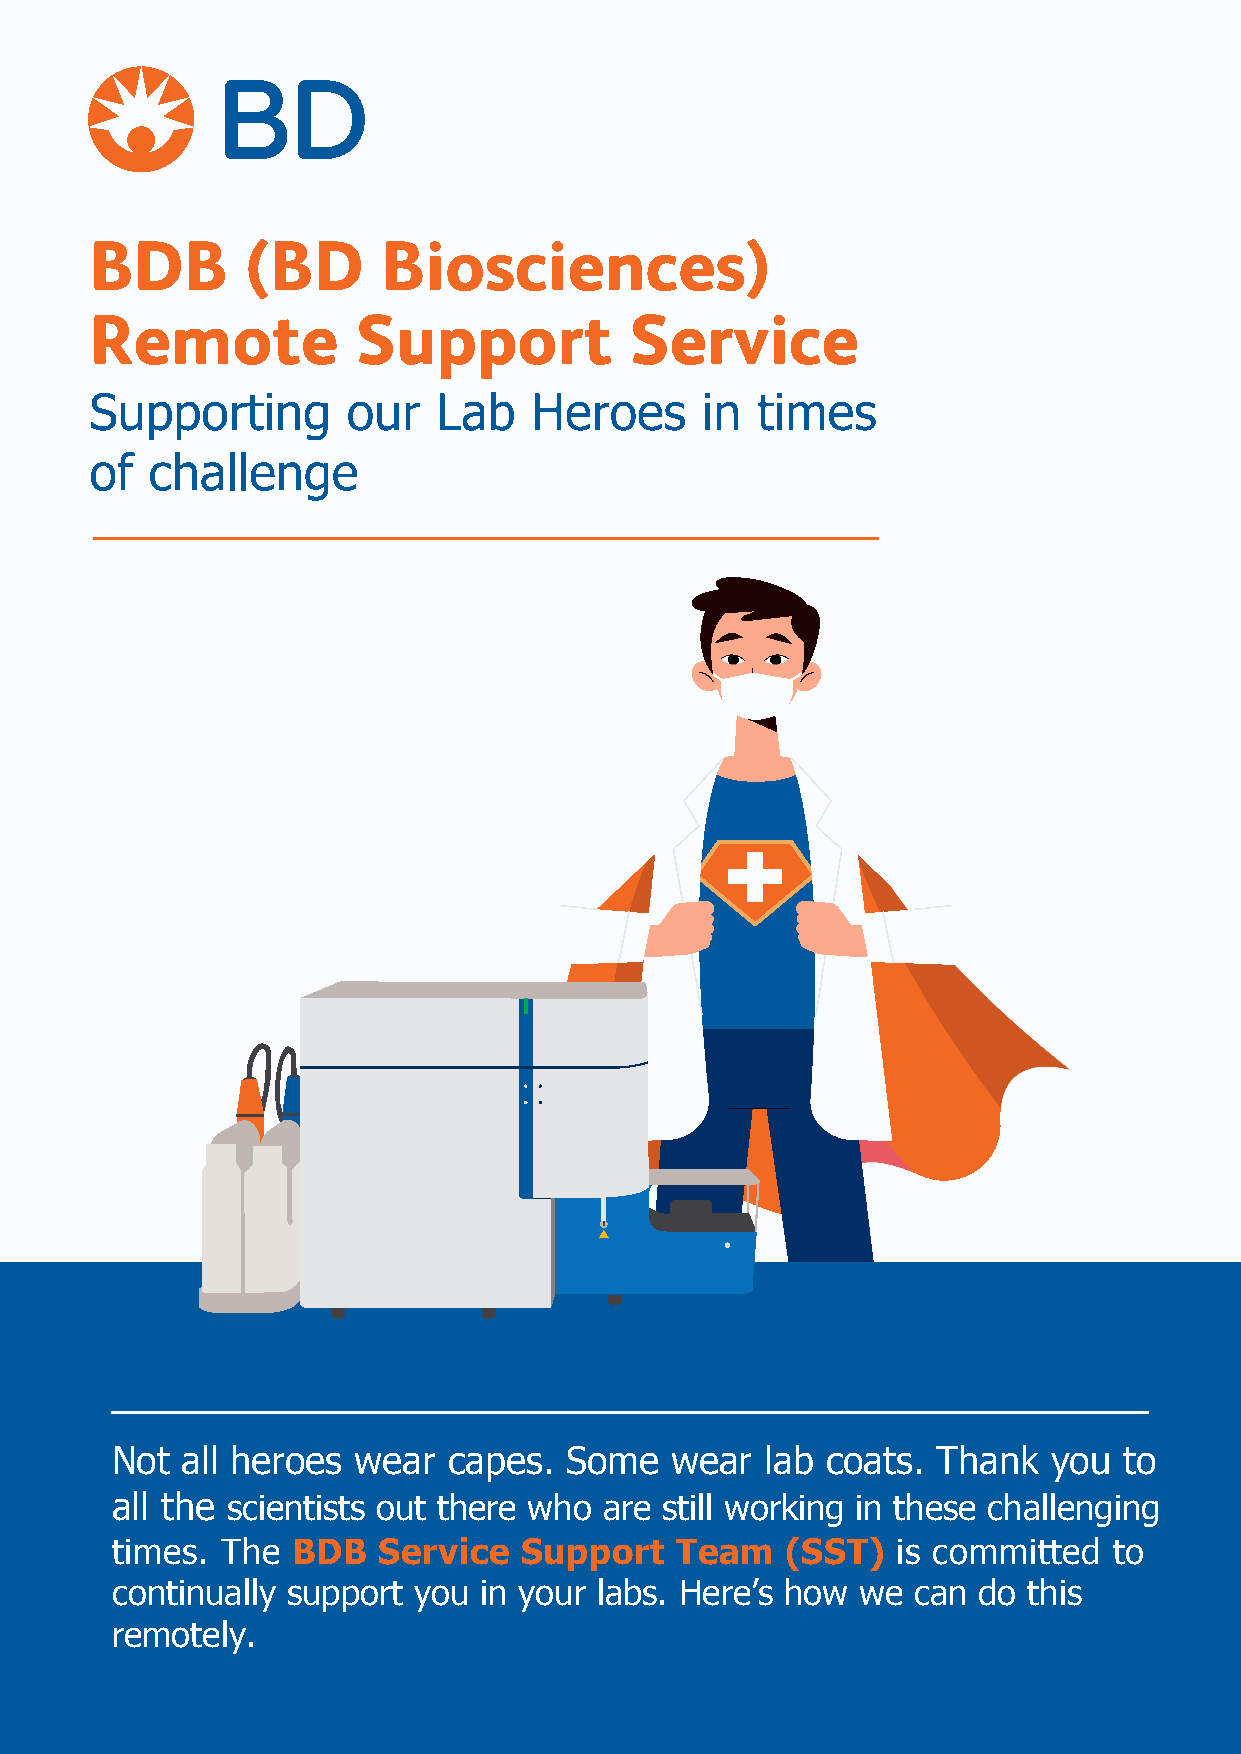
BDB       (BD      Biosciences)
 Remote            Support           Service
 Supporting       our   Lab   Heroes     in  times
 of  challenge
 Not  all heroes wear   capes. Some   wear   lab coats. Thank   you to
 all the scientists out there who are still working in these challenging
 times.  The BDB   Service   Support   Team   (SST)  is committed   to
 continually support you  in your labs. Here’s how we  can do this
 remotely.